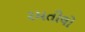
રમતીલો